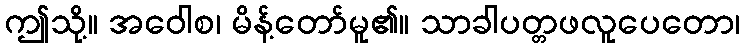
ဤသို့။ အဝေါစ၊ မိန့်တော်မူ၏။ သာခါပတ္တဖလူပေတော၊